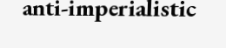
anti-imperialistic